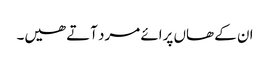
ان کے ھاں پرائے مرد آتے ھیں۔